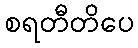
စရတီတိပေ